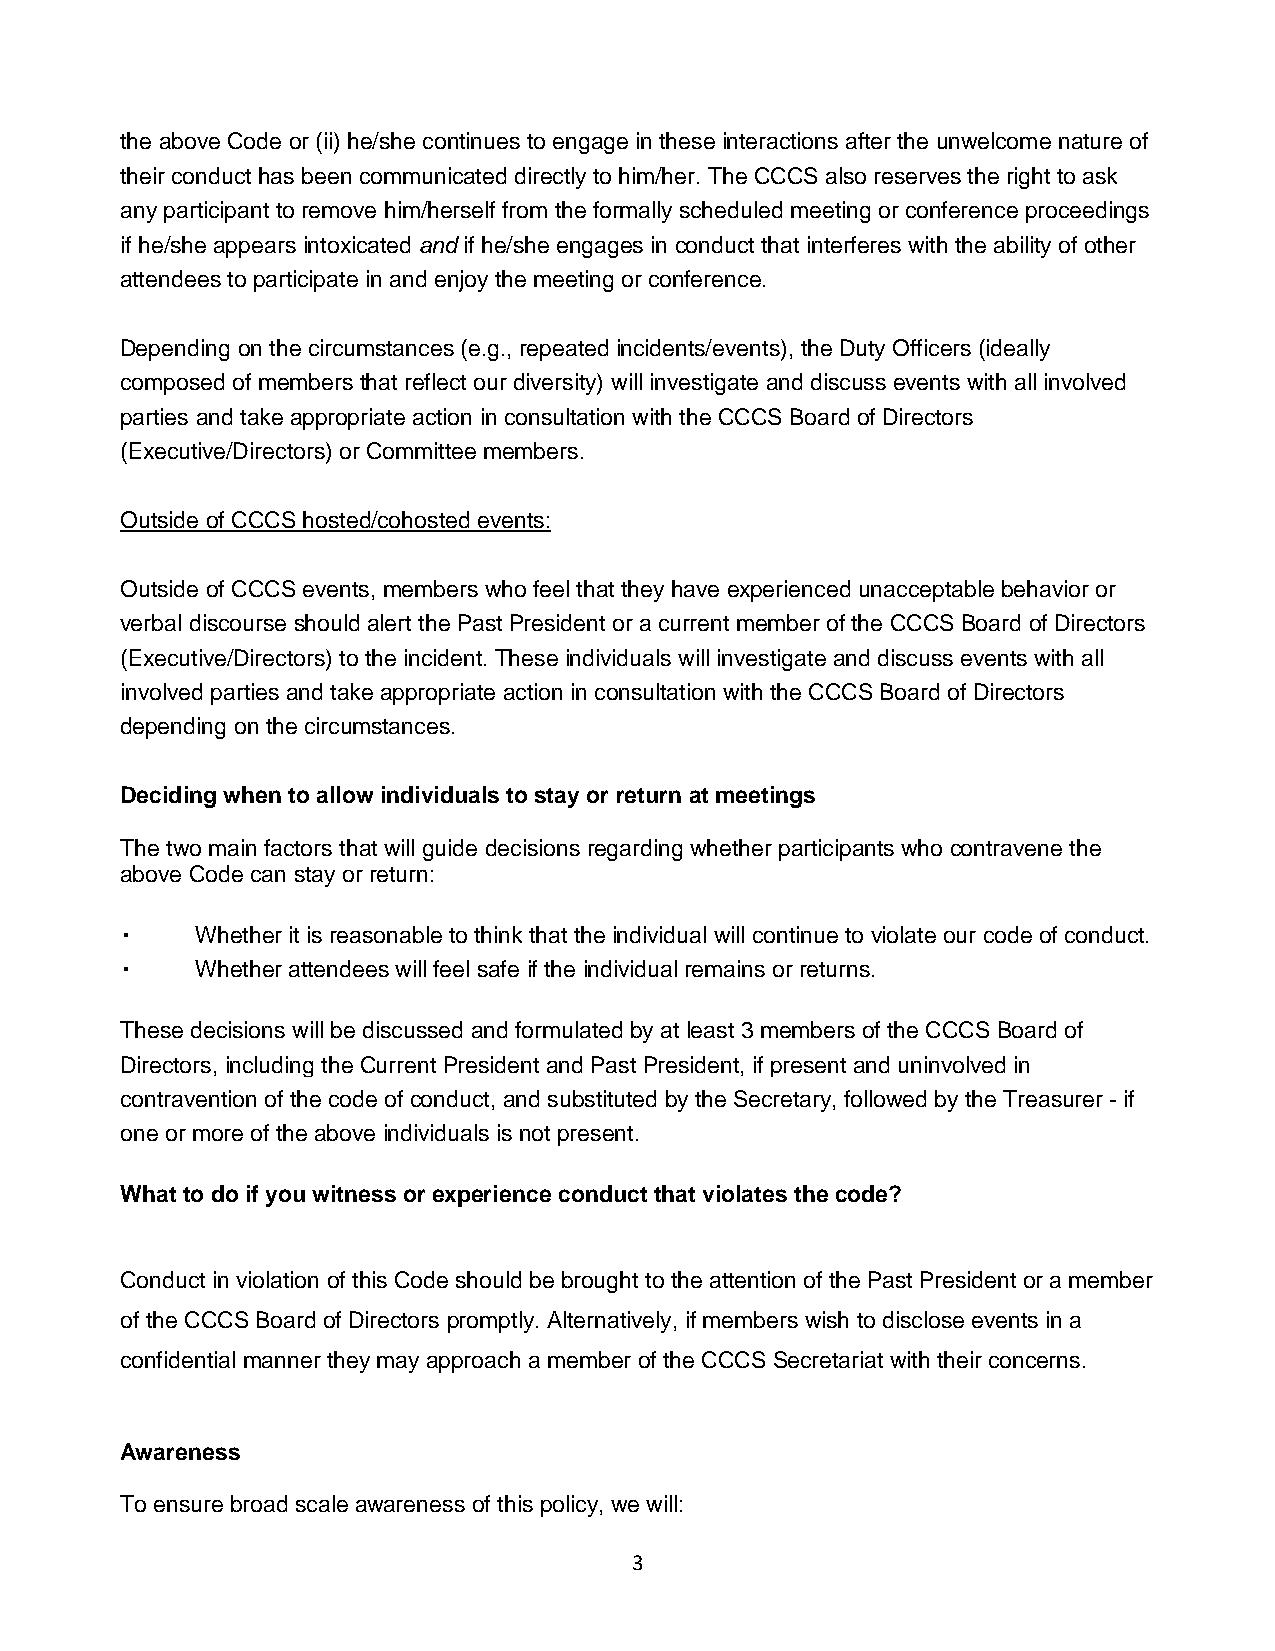
the above Code or (ii) he/she continues to engage in these interactions after the unwelcome nature of
 their conduct has been communicated directly to him/her. The CCCS also reserves the right to ask
 any participant to remove him/herself from the formally scheduled meeting or conference proceedings
 if he/she appears intoxicated and if he/she engages in conduct that interferes with the ability of other
 attendees to participate in and enjoy the meeting or conference.
 Depending on the circumstances (e.g., repeated incidents/events), the Duty Officers (ideally
 composed of members that reflect our diversity) will investigate and discuss events with all involved
 parties and take appropriate action in consultation with the CCCS Board of Directors
 (Executive/Directors) or Committee members.
 Outside of CCCS hosted/cohosted events:
 Outside of CCCS events, members who feel that they have experienced unacceptable behavior or
 verbal discourse should alert the Past President or a current member of the CCCS Board of Directors
 (Executive/Directors) to the incident. These individuals will investigate and discuss events with all
 involved parties and take appropriate action in consultation with the CCCS Board of Directors
 depending on the circumstances.
 Deciding when to allow individuals to stay or return at meetings
 The two main factors that will guide decisions regarding whether participants who contravene the
 above Code can stay or return:
 ▪    Whether it is reasonable to think that the individual will continue to violate our code of conduct.
 ▪    Whether attendees will feel safe if the individual remains or returns.
 These decisions will be discussed and formulated by at least 3 members of the CCCS Board of
 Directors, including the Current President and Past President, if present and uninvolved in
 contravention of the code of conduct, and substituted by the Secretary, followed by the Treasurer - if
 one or more of the above individuals is not present.
 What to do if you witness or experience conduct that violates the code?
 Conduct in violation of this Code should be brought to the attention of the Past President or a member
 of the CCCS Board of Directors promptly. Alternatively, if members wish to disclose events in a
 confidential manner they may approach a member of the CCCS Secretariat with their concerns.
 Awareness
 To ensure broad scale awareness of this policy, we will:
 3